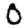
Digit: 0